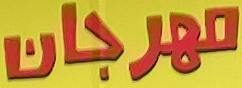
مهرجان